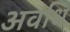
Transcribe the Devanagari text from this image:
अवधि